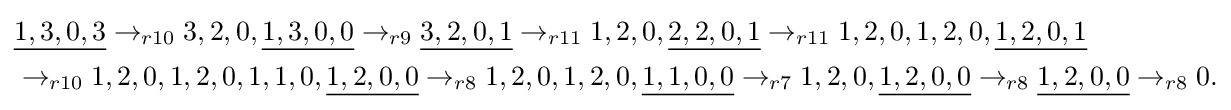
{\begin{aligned}&{\underline {1,3,0,3}}\rightarrow _{r10}3,2,0,{\underline {1,3,0,0}}\rightarrow _{r9}{\underline {3,2,0,1}}\rightarrow _{r11}1,2,0,{\underline {2,2,0,1}}\rightarrow _{r11}1,2,0,1,2,0,{\underline {1,2,0,1}}\\&\rightarrow _{r10}1,2,0,1,2,0,1,1,0,{\underline {1,2,0,0}}\rightarrow _{r8}1,2,0,1,2,0,{\underline {1,1,0,0}}\rightarrow _{r7}1,2,0,{\underline {1,2,0,0}}\rightarrow _{r8}{\underline {1,2,0,0}}\rightarrow _{r8}0.\end{aligned}}